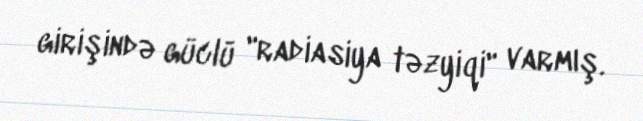
girişində güclü "radiasiya təzyiqi" varmış.